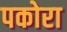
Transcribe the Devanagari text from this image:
पकोरा